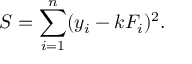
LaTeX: S = \sum _ { i = 1 } ^ { n } ( y _ { i } - k F _ { i } ) ^ { 2 } .